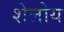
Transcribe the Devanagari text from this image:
शेलोय